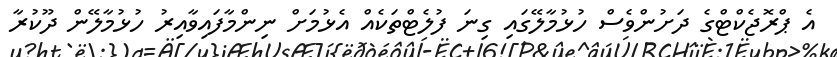
އެ ޕްރޮޖެކްޓްގެ ދަށުންވެސް ހުޅުމާލޭގައި ގިނަ ފުލެޓްތަކެއް އެޅުމަށް ނިންމާފައިވާއިރު ހުޅުމާލޭން ދޫކުރާ